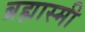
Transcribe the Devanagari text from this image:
ब्रह्मास्मी